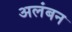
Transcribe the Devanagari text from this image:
अलंबन